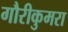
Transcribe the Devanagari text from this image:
गौरीकुमरा